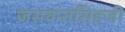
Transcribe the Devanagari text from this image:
जसवन्तसिहजी